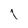
Character: I